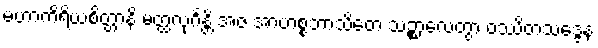
မဟာကိရိယစိတ္တာနိ မတ္ထလုင်္ဂန္တိ အဇ အာဟစ္စဘာသိတေ သဉ္စာလေတွာ ဝဿိတသဒ္ဒေန